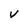
Character: V